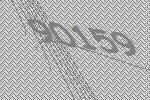
90159